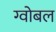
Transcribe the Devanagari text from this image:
ग्वोबल